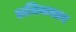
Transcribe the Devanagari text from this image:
अधिकातर